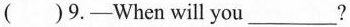
( )9.-When will you___?